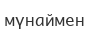
мүнаймен